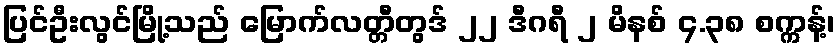
ပြင်ဦးလွင်မြို့သည် မြောက်လတ္တီတွဒ် ၂၂ ဒီဂရီ ၂ မိနစ် ၄.၃၈ စက္ကန့်၊